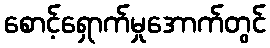
စောင့်ရှောက်မှုအောက်တွင်